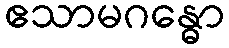
ဧသာမဂန္ဓော